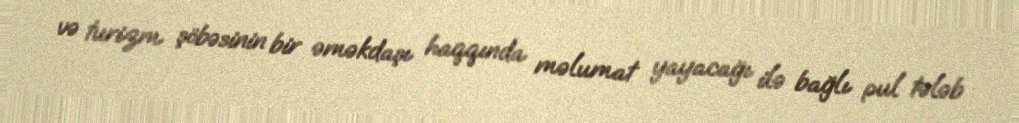
və turizm şöbəsinin bir əməkdaşı haqqında məlumat yayacağı ilə bağlı pul tələb